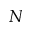
N